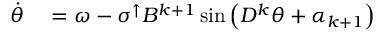
\begin{array} { r l } { \Dot { \theta } } & { { } = \omega - \sigma ^ { \uparrow } B ^ { k + 1 } \sin \left( D ^ { k } \theta + \alpha _ { k + 1 } \right) } \end{array}